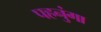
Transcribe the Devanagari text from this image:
पहनुंगा